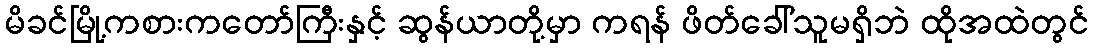
မိခင်မြို့ကစားကတော်ကြီးနှင့် ဆွန်ယာတို့မှာ ကရန် ဖိတ်ခေါ်သူမရှိဘဲ ထိုအထဲတွင်